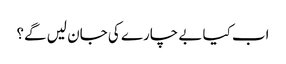
اب کیا بے چارے کی جان لیں گے؟